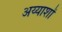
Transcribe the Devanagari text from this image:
अय्याशों